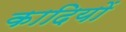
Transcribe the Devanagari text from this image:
कादियों